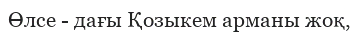
Өлсе - дағы Қозыкем арманы жоқ,